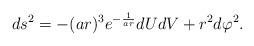
LaTeX: \begin{align*}ds^2 = - (ar)^3 e^{-\frac{1}{ar}} dUdV + r^2 d\varphi^2. \end{align*}